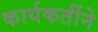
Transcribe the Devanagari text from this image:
कार्यकर्तीने